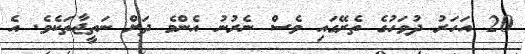
20 އަހަރު ދުވަހުގެ ތެރޭގައި ވެސް ނެރުނު އެންމެ ދަށް ނަތީޖާތަކެވެ. އެ